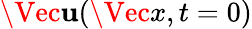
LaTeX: \Vec{\mathbf{u}}(\Vec{x},t=0)